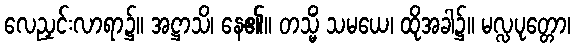
လေညှင်းလာရာ၌။ အဋ္ဌာသိ၊ နေ၏။ တသ္မိံ သမယေ၊ ထိုအခါ၌။ မလ္လပုတ္တော၊